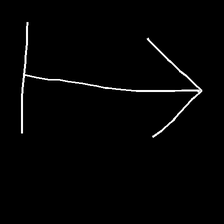
Glyph: levitation